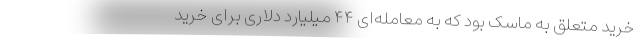
خرید متعلق به ماسک بود که به معامله‌ای ۴۴ میلیارد دلاری برای خرید